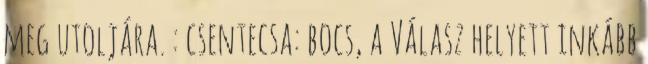
meg utoljára. : csentecsa: bocs, a Válasz helyett inkább